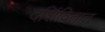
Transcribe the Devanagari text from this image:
दर्शिवितात